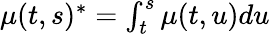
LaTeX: \textstyle\mu(t,s)^{*}=\int_{t}^{s}\mu(t,u)du